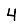
Digit: 4